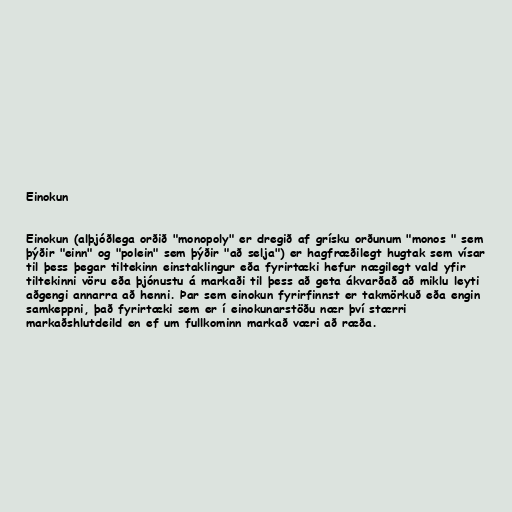
Einokun

Einokun (alþjóðlega orðið "monopoly" er dregið af grísku orðunum "monos " sem
þýðir "einn" og "polein" sem þýðir "að selja") er hagfræðilegt hugtak sem vísar
til þess þegar tiltekinn einstaklingur eða fyrirtæki hefur nægilegt vald yfir
tiltekinni vöru eða þjónustu á markaði til þess að geta ákvarðað að miklu leyti
aðgengi annarra að henni. Þar sem einokun fyrirfinnst er takmörkuð eða engin
samkeppni, það fyrirtæki sem er í einokunarstöðu nær því stærri
markaðshlutdeild en ef um fullkominn markað væri að ræða.